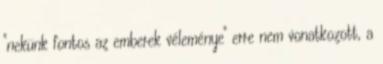
"nekünk fontos az emberek véleménye" erre nem vonatkozott, a